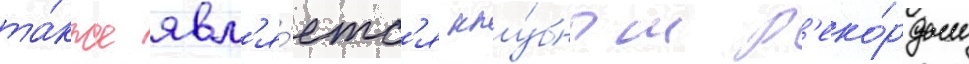
та́кже явл'я́етс'я клу́бным р'еко́рдом